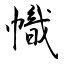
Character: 幟